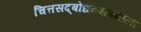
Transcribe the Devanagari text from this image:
चित्तसद्बोधनक्षत्रमाला